Voru_kinnistusamet, lk 23
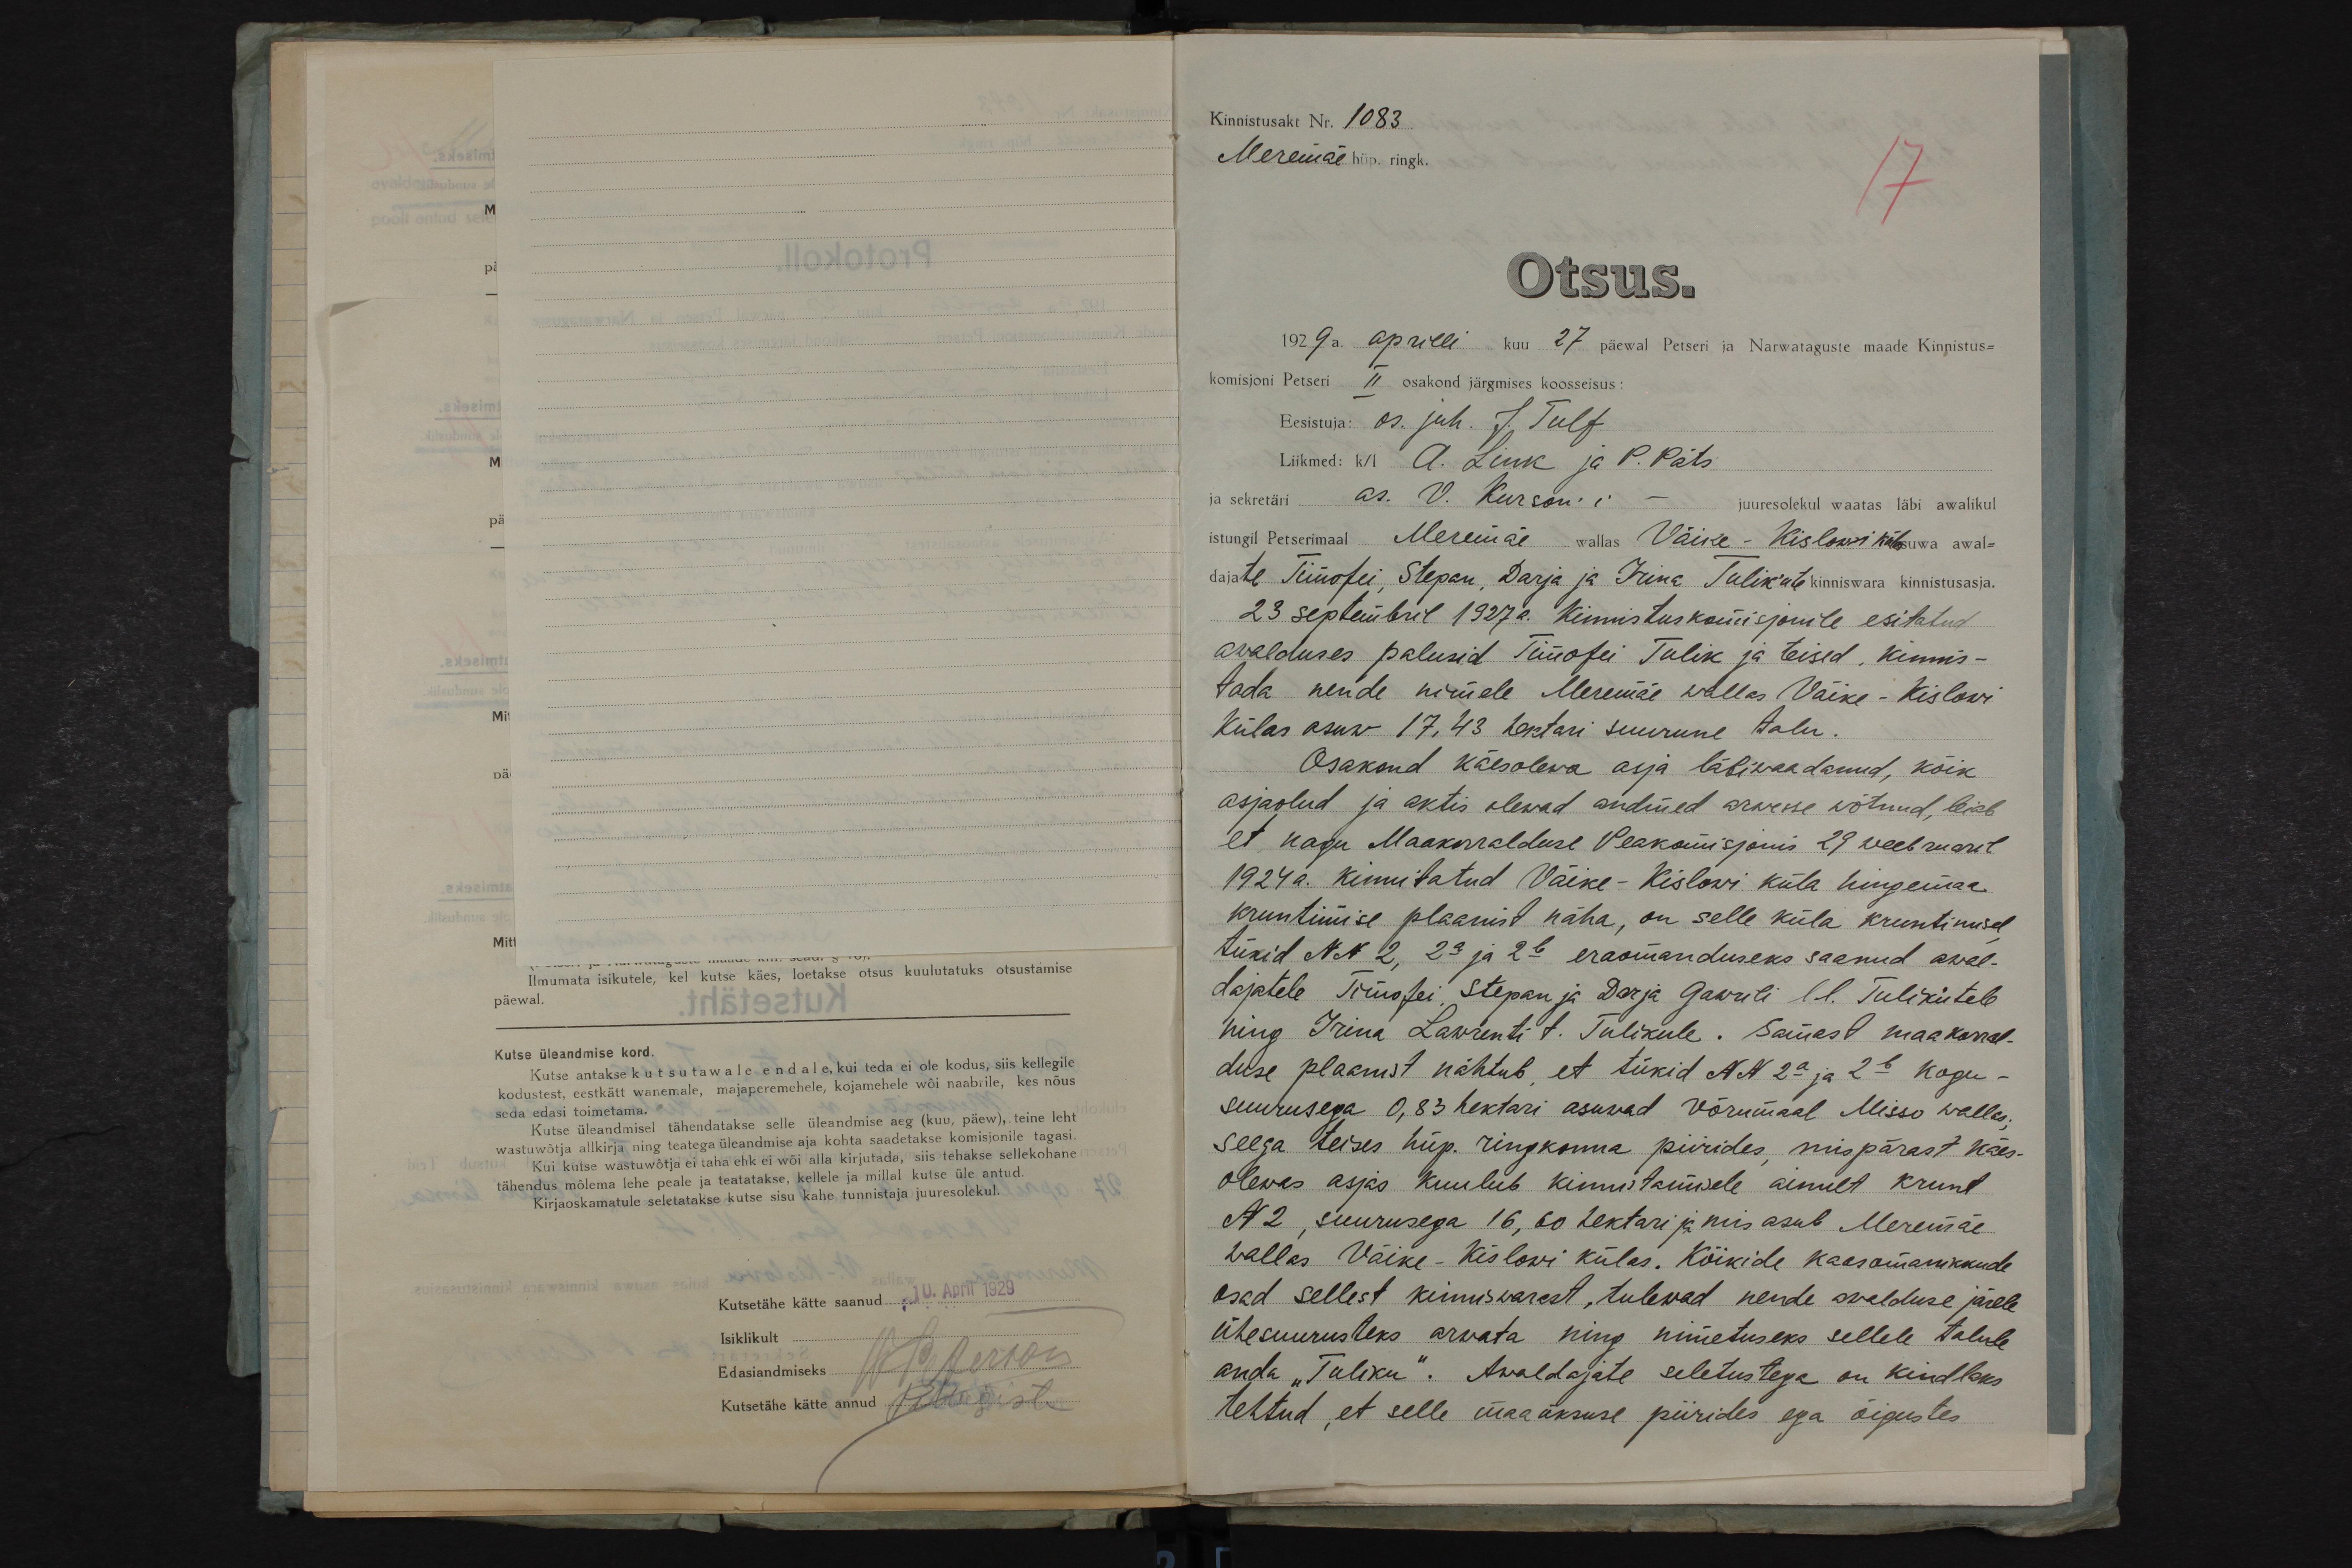
Ilmumata isikutele, kel kutse käes, loetakse otsus kuulutatuks otsustamise
päewal.
Kutse üleandmise kord.
Kutse antakse kutsutawale endale, kui teda ei ole kodus, siis kellegile
kodustest, eestkätt wanemale, majaperemehele, kojamehele wõi naabrile, kes nõus
seda edasi toimetama.
Kutse üleandmisel tähendatakse selle üleandmise aeg (kuu, päew), teine leht
vastuwõtja allkirja ning teatega üleandmise aja kohta saadetakse komisjonile tagasi.
Kui kutse wastuwõtja ei taha ehk ei wõi alla kirjutada, siis tehakse sellekohane
tähendus mõlema lehe peale ja teatatakse, kellele ja millal kutse üle antud.
Kirjaoskamatule seletatakse kutse sisu kahe tunnistaja juuresolekul.
Kutsetähe kätte saanud: 10. April 1929
Isiklikult
Edasiandmiseks W. Peterson
Kutsetähe kätte annud PMägiste

Kinnistusakt Nr. 1083
Meremäe hüp. ringk.
17
Otsus.
1929 a. aprilli kuu 27 päewal Petseri ja Narwataguste maade Kinnistus-
komisjoni Petseri II osakond järgmises koosseisus:
Eesistuja: os. juh. J. Tulf
Liikmed: k/l A. Link ja P. Päts
ja sekretäri as. V. Kurson'i - juuresolekul waatas läbi awalikul
istungil Petserimaal Meremäe wallas Väike-Kislowi külas asuwa awal-
dajate Timofei, Stepan, Darja ja Irina Tulik´ute kinniswara kinnistusasja.
23 septembril 1927 a. Kinnistuskomisjonile esitatud
awalduses palusid Timofei Tulik ja teised, kinnis-
tada nende nimele Meremäe wallas Väike-Kislowi
külas asuw 17,43 hektari suurune talu.
Osakond käesolewa asja läbiwaadanud, kõik
asjaolud ja aktis olewad andmed arwesse wõtnud, leiab
et nagu Maakorralduse Peakomisjonis 29 weebruaril
1924 a. kinnitatud Väike-Kislowi küla hingemaa
kruntimise plaanist näha, on selle küla kruntimisel
tükid NN 2, 2a ja 2b eraomanduseks saanud awal-
dajatele Timofei, Stepan ja Darja Gawrili l. l. Tulikutele
ning Irina Lawrenti t. Tulikule. Samast maakorral-
duse plaanist nähtub, et tükid NN 2a ja 2b kogu-
suurusega 0,83 hektari asuwad Võrumaal Misso wallas;
seega teises hüp. ringkonna piirides, mispärast käes-
olewas asjas kuulub kinnistamisele ainult krunt
N 2, suurusega 16,60 hektari ja mis asub Meremäe
wallas Väike-Kislowi külas. Kõikide kaasomanikkude
osad sellest kinniswarast, tulewad nende awalduse järele
ühesuurusteks arwata ning nimetuseks sellele talule
anda "Tuliku". Awaldajate seletustega on kindlaks
tehtud, et selle maaüksuse piirides ega õigustes